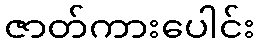
ဇာတ်ကားပေါင်း